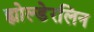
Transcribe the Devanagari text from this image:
ह्योल्डेरलिन